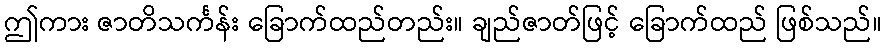
ဤကား ဇာတိသင်္ကန်း ခြောက်ထည်တည်း။ ချည်ဇာတ်ဖြင့် ခြောက်ထည် ဖြစ်သည်။